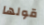
قولها